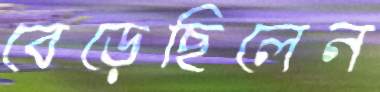
বেড়েছিলেন